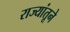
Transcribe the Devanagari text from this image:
राज्यांतूने